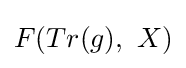
F(Tr(g),\ X)